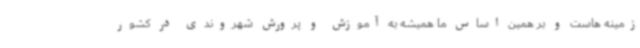
زمینه هاست و بر همین اساس ما همیشه به آموزش و پرورش شهروندی در کشور